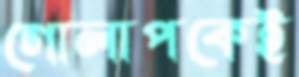
গোলাপকেই